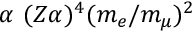
\alpha ~ ( Z \alpha ) ^ { 4 } ( m _ { e } / m _ { \mu } ) ^ { 2 }